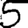
Digit: 5